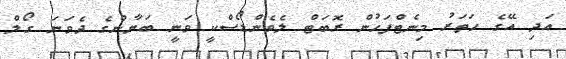
އަދި އޭގެ ހަތަރު މިނެޓްފަހުން ރޮބަޓް ލެވެންޑޯސްކީ ވަނީ ބަޔާންގެ ދެވަނަ ގޯލް